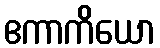
ဧကာကိယော